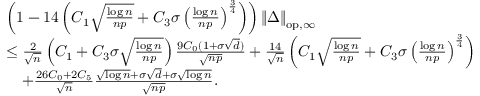
\begin{array} { r l } & { \left( 1 - 1 4 \left( C _ { 1 } \sqrt { \frac { \log n } { n p } } + C _ { 3 } \sigma \left( \frac { \log n } { n p } \right) ^ { \frac { 3 } { 4 } } \right) \right) \left\| { \Delta } \right\| _ { \mathrm { o p , \infty } } } \\ & { \leq \frac { 2 } { \sqrt { n } } \left( C _ { 1 } + C _ { 3 } \sigma \sqrt { \frac { \log n } { n p } } \right) \frac { 9 C _ { 0 } ( 1 + \sigma \sqrt { d } ) } { \sqrt { n p } } + \frac { 1 4 } { \sqrt { n } } \left( C _ { 1 } \sqrt { \frac { \log n } { n p } } + C _ { 3 } \sigma \left( \frac { \log n } { n p } \right) ^ { \frac { 3 } { 4 } } \right) } \\ & { \quad + \frac { 2 6 C _ { 0 } + 2 C _ { 5 } } { \sqrt { n } } \frac { \sqrt { \log n } + \sigma \sqrt { d } + \sigma \sqrt { \log n } } { \sqrt { n p } } . } \end{array}